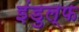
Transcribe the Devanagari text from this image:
इंडुल्फ